Mental hospitals Bombay report 1921-28 - 1921-1928
Year: 1921
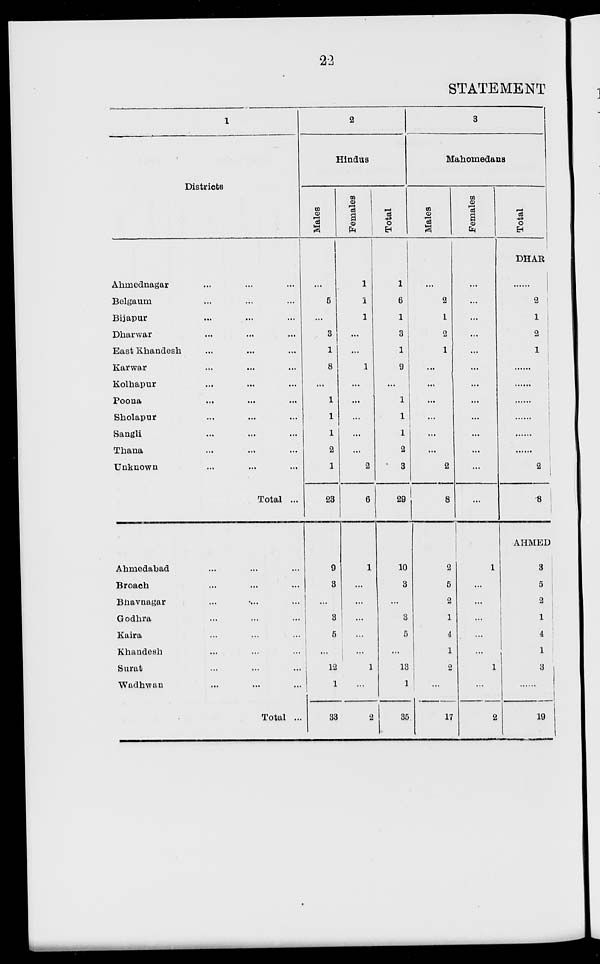
22
STATEMENT
1
Districts
Ahmednagar ... ... ...
Belgaum ... ... ...
Bijapur ... ... ...
Dharwar ... ... ...
East Khandesh ... ... ...
Karwar ... ... ...
Kolhapur ... ... ...
Poona ... ... ...
Sholapur ... ... ...
Sangli ... ... ...
Thana ... ... ...
Unknown ... ... ...
Total ...
Ahmedabad ... ... ...
Broach ... ... ...
Bhavnagar ... ... ...
Godhra ... ... ...
Kaira ... ... ...
Khandesh ... ... ...
Surat ... ... ...
Wadhwan ... ... ...
Total ...
2
Hindus
Males
...
5
...
3
1
8
...
1
1
1
2
1
23
9
3
...
3
5
...
12
1
33
Females
1
1
1
...
...
1
...
...
...
...
...
2
6
1
...
...
...
...
...
1
...
2
Total
1
6
1
3
1
9
...
1
1
1
2
3
29
10
3
...
3
5
...
13
1
35
3
Mahomedans
Males
...
2
1
2
1
...
...
...
...
...
...
2
8
2
5
2
1
4
1
2
...
17
Females
...
...
...
...
...
...
...
...
...
...
...
...
...
1
...
...
...
...
...
1
...
2
Total
DHAR
......
2
1
2
1
......
......
......
......
......
......
2
8
AHMED
3
5
2
1
4
1
3
......
19